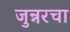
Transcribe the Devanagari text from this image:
जुन्नरचा